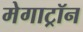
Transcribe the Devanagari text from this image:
मेगाट्रॉन